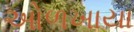
ઓળખાયા